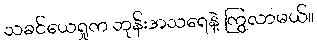
သခင်ယေရှုက ဘုန်းအသရေနဲ့ ကြွလာမယ်။